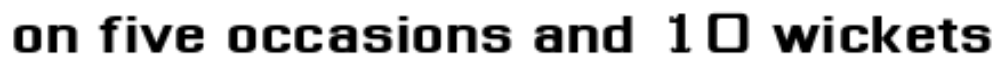
on five occasions and 10 wickets